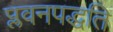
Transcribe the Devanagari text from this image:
प्लवनपद्धति